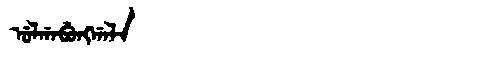
Manchu: ᡠᠯᡤᠠᠪᡠᠩᡤᠠᠯᠠ
Romanization: ULGABUNGGALA